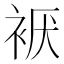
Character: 𰳹